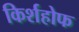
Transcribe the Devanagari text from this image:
किर्शहोफ